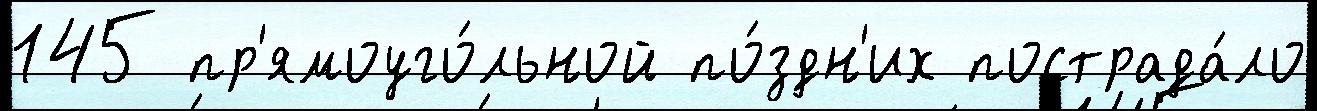
145 пр'ямоуго́льной по́здн'их пострада́ло